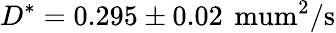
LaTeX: D^{*}=0.295\pm 0.02\, \mathrm{{\ mum^{2}/s}}